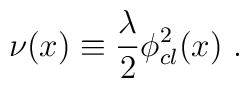
\nu (x) \equiv {\lambda\over 2} \phi^{2}_{cl} (x) \,\,.